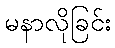
မနာလိုခြင်း